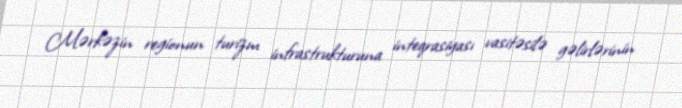
Mərkəzin regionun turizm infrastrukturuna inteqrasiyası vasitəsilə gəlirlərinin